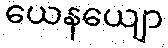
ယေနယျော